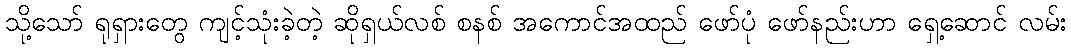
သို့သော် ရုရှားတွေ ကျင့်သုံးခဲ့တဲ့ ဆိုရှယ်လစ် စနစ် အကောင်အထည် ဖော်ပုံ ဖော်နည်းဟာ ရှေ့ဆောင် လမ်း